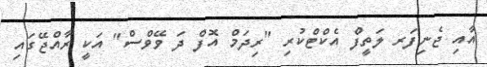
އާއި ޖެނިފަރ ލަތީފް އެކްޓްކުރި "ރިދަމް އޮފް ދަ ވޭވްސް" އަކީ ރާއްޖޭގައި